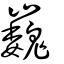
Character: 巍